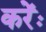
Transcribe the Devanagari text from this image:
करेंः